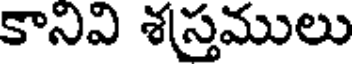
కానివి శస్తములు